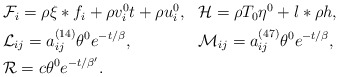
\begin{align*}\begin{aligned} & \mathcal{F}_{i}=\rho\xi*f_{i}+\rho v_{i}^{0}t+\rho u_{i}^{0}, & & \mathcal{H}=\rho T_{0}\eta^{0}+l*\rho h,\\ & \mathcal{L}_{ij}=a_{ij}^{(14)}\theta^{0}e^{-t/\beta}, & & \mathcal{M}_{ij}=a_{ij}^{(47)}\theta^{0}e^{-t/\beta},\\ & \mathcal{R}=c\theta^{0}e^{-t/\beta'}.\end{aligned}\end{align*}